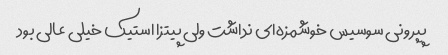
پپرونی سوسیس خوشمزه‌ای نداشت ولی پیتزا استیک خیلی عالی بود